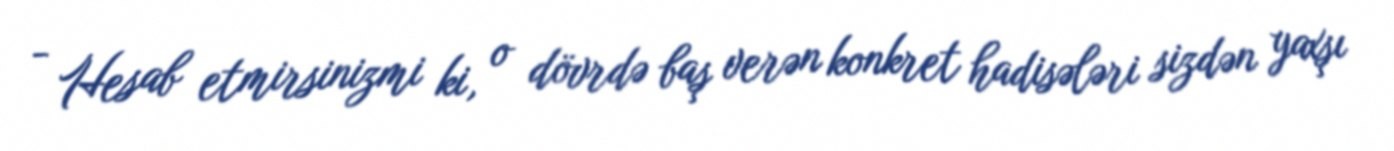
- Hesab etmirsinizmi ki, o dövrdə baş verən konkret hadisələri sizdən yaxşı